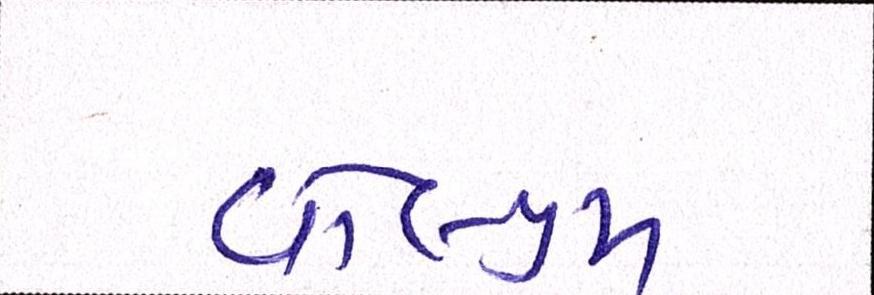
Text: વોલ્યુમ